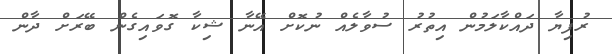
ރުފިޔާ ދައްކާލަމުން އިތުރު ސުވާލެއް ނުކޮށް އޭނާ ޝިކާ ގޮވައިގެން ބޭރަށް ދާން